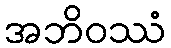
အဘိဝဿံ